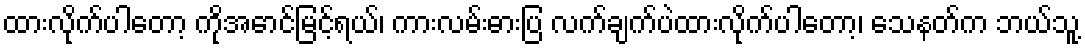
ထားလိုက်ပါတော့ ကိုအောင်မြင့်ရယ်၊ ကားလမ်းဓားပြ လက်ချက်ပဲထားလိုက်ပါတော့၊ သေနတ်က ဘယ်သူ့